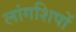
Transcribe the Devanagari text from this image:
लांगशिपों